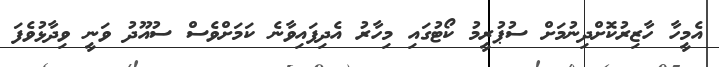
އެމީހާ ހާޒިރުކޮށްދިނުމަށް ސުޕުރީމު ކޯޓުގައި މިހާރު އެދިފައިވާނެ ކަމަށްވެސް ސުއޫދު ވަނީ ވިދާޅުވެފަ